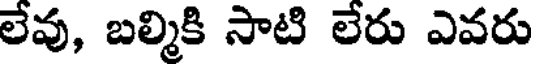
లేవు, బల్మికి సాటి లేరు ఎవరు